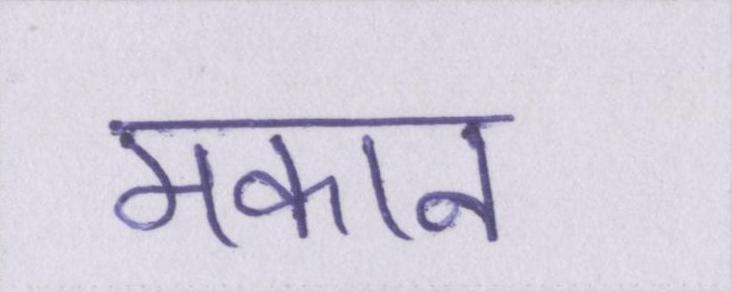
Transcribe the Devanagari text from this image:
मकान